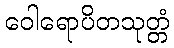
ဝေါရောပိတသုတ္တံ